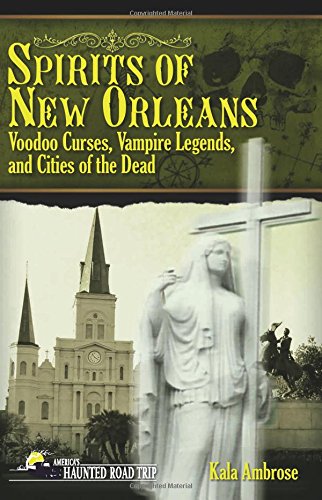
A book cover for Spirits of New Orleans: Voodoo Curses, Vampire Legends and Cities of the Dead (America's Haunted Road Trip); Kala Ambrose; Religion & Spirituality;